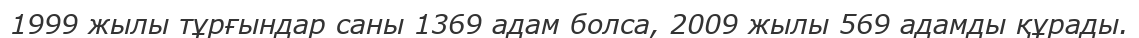
1999 жылы тұрғындар саны 1369 адам болса, 2009 жылы 569 адамды құрады.